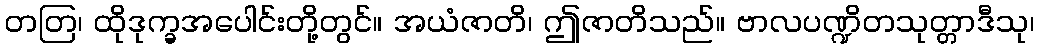
တတြ၊ ထိုဒုက္ခအပေါင်းတို့တွင်။ အယံဇာတိ၊ ဤဇာတိသည်။ ဗာလပဏ္ဍိတသုတ္တာဒီသု၊